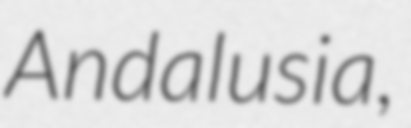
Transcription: Andalusia,